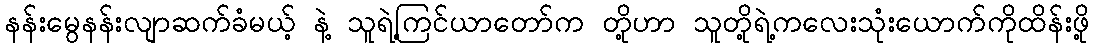
နန်းမွေနန်းလျာဆက်ခံမယ့် နဲ့ သူရဲ့ကြင်ယာတော်က တို့ဟာ သူတို့ရဲ့ကလေးသုံးယောက်ကိုထိန်းဖို့